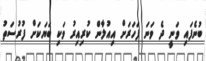
ބުނެފައި ވަނީ ދެ ވަނަ ފަހަރަށް އިއުލާން ކުރިއިރު ވަކި ބަޔަކަށް ފުރުސަތު